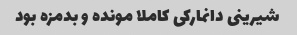
شیرینی دانمارکی کاملا مونده و بدمزه بود